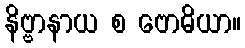
နိဗ္ဗာနာယ စ ဗောဓိယာ။